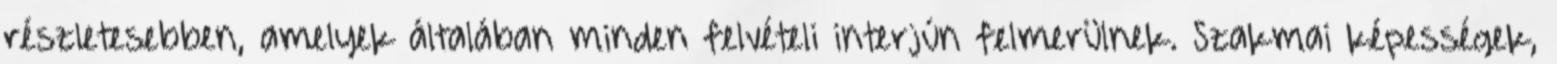
részletesebben, amelyek általában minden felvételi interjún felmerülnek. Szakmai képességek,